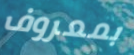
بمعروف